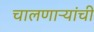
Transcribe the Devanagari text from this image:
चालणाऱ्यांची